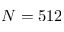
N = 5 1 2